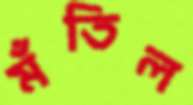
মঁতিল